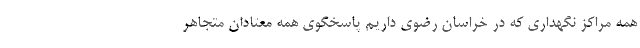
همه مراکز نگهداری که در خراسان رضوی داریم پاسخگوی همه معتادان متجاهر